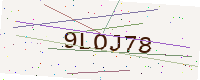
Text: 9LOJ78